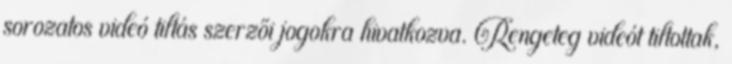
sorozatos videó tiltás szerzői jogokra hivatkozva. Rengeteg videót tiltottak,